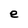
Character: e